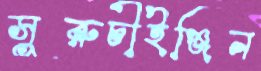
সুরুচীইঞ্জিন